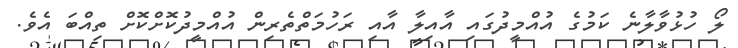
ލޯ ހުޅުވާލާނެ ކަމުގެ އުއްމީދުގައި އާއިލާ އާއި ރަހުމަތްތެރިން އުއްމީދުކޮށްކޮށް ތިއްބަ އެވެ.